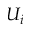
U _ { i }